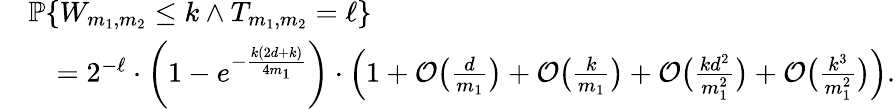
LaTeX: \begin{array}{rl}&{{\mathbb{P}}\{ W_{m_{1},m_{2}}\le k\wedge T_{m_{1},m_{2}}=\ell\} }\\ &{\quad=2^{-\ell}\cdot\left(1-e^{-\frac{k(2d+k)}{4m_{1}}}\right)\cdot\Big(1+\mathcal{O}\big(\textstyle{\frac{d}{m_{1}}}\big)+\mathcal{O}\big(\textstyle{\frac{k}{m_{1}}}\big)+\mathcal{O}\big(\textstyle{\frac{kd^{2}}{m_{1}^{2}}}\big)+\mathcal{O}\big(\textstyle{\frac{k^{3}}{m_{1}^{2}}}\big)\Big).}\end{array}